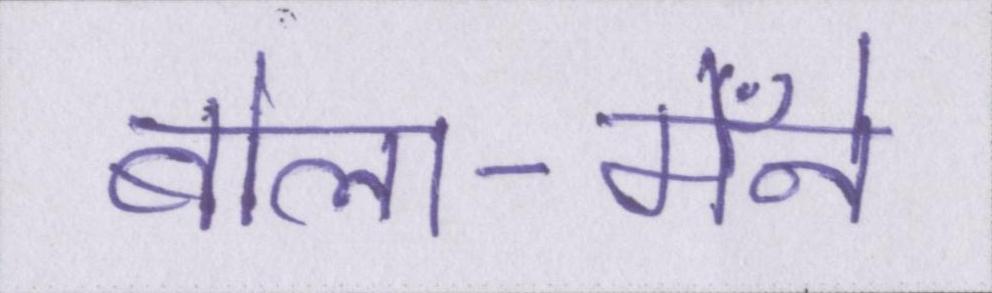
बोला-मैँने